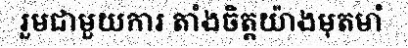
រួមជាមួយការ តាំងចិត្តយ៉ាងមុតមាំ